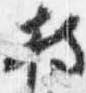
持